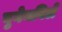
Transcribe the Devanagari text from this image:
बुगेनविले